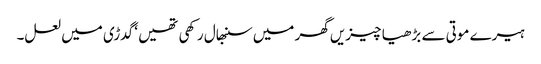
ہیرے موتی سے بڑھیا چیزیں گھر میں سنبھال رکھی تھیں ‘ گدڑی میں لعل۔